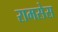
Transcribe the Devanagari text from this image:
रामसेस